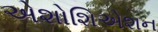
એશોશિએશન